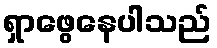
ရှာဖွေနေပါသည်